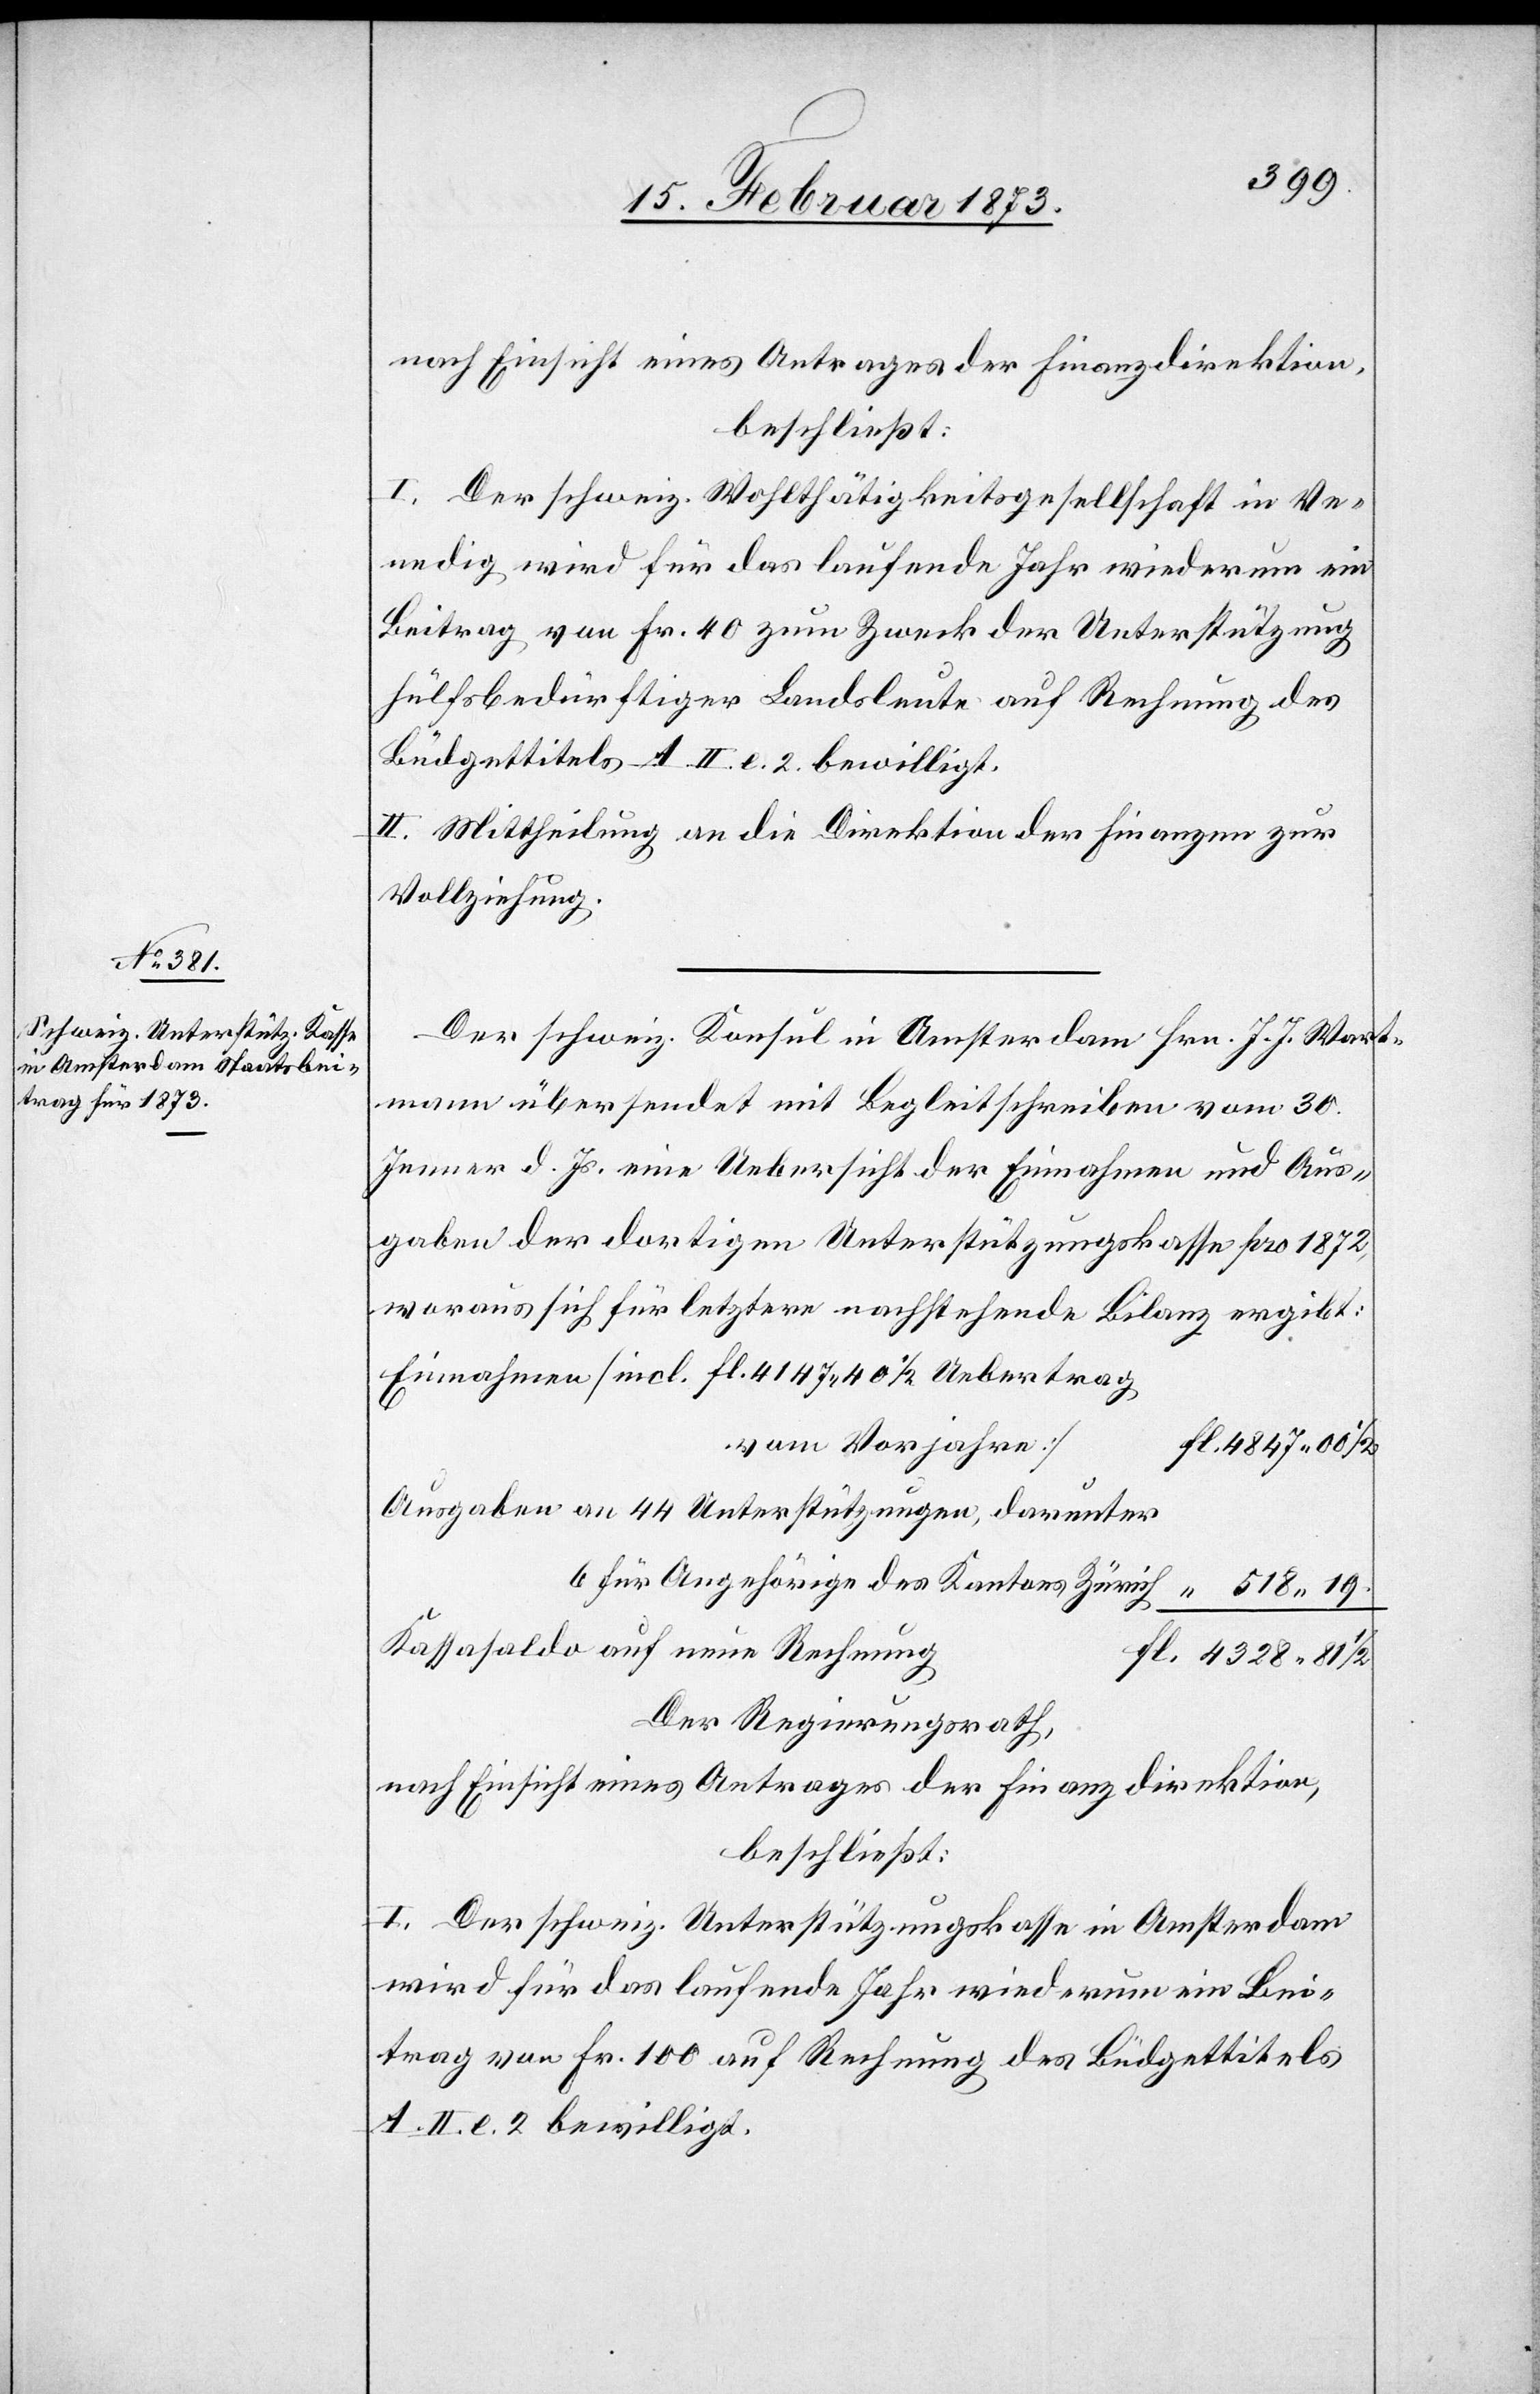
nach Einsicht eines Antrages der Finanzdirektion,
beschließt:
I. Der schweiz. Wohlthätigkeitsgesellschaft in Ve¬
nedig wird für das laufende Jahr wiederum ein
Beitrag von Fr. 40 zum Zweck der Unterstützung
hülfsbedürftiger Landsleute auf Rechnung des
Budgettitels A. II. l. 2. bewilligt.
II. Mittheilung an die Direktion der Finanzen zur
Vollziehung.
Der schweiz. Konsul in Amsterdam[,] Hrn. J. J. Wart¬
mann[,] übersendet mit Begleitschreiben vom 30.
Jenner d. Js. eine Uebersicht der Einnahmen und Aus¬
gaben der dortigen Unterstützungskasse pro 1872,
woraus sich für letztere nachstehende Bilanz ergibt:
Einnahmen [incl. Fl. 4147.40 Xr. Uebertrag
vom Vorjahre]	F¬
l. 4847.00 Xr.
Ausgaben an 44 Unterstützungen, darunter
6 für Angehörige des Kantons Zürich		 “ 518.19
Kassasaldo auf neue Rechnun¬
g		Fl. 4328.81
Der Regierungsrath,
nach Einsicht eines Antrages der Finanzdirektion,
beschließt:
I. Der schweiz. Unterstützungskasse in Amsterdam
wird für das laufende Jahr wiederum ein Bei¬
trag von Fr. 100 auf Rechnung des Budgettitels
A. II. l. 2 bewilligt.